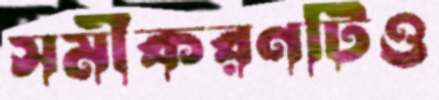
সমীকরণটিও